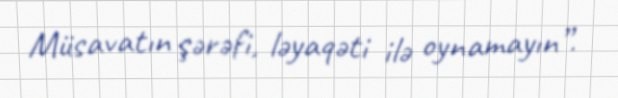
Müsavatın şərəfi, ləyaqəti ilə oynamayın”.